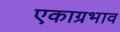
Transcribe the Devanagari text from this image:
एकाग्रभाव